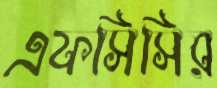
এফসিসির